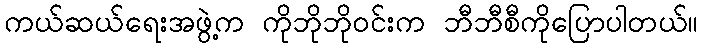
ကယ်ဆယ်ရေးအဖွဲ့က ကိုဘိုဘိုဝင်းက ဘီဘီစီကိုပြောပါတယ်။